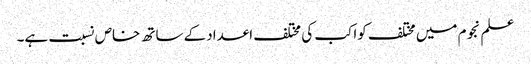
علم نجوم میں مختلف کواکب کی مختلف اعدادکے ساتھ خاص نسبت ہے۔